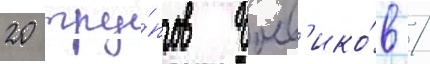
20 тру́пов боев'ико́в /